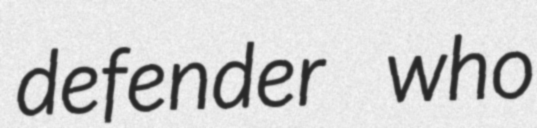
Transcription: defender who